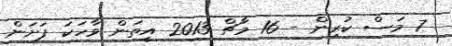
7 މަސް ކުރިން - 16 މާޗް 2013 އީތަން ވާހަކަ ފަށަން